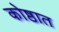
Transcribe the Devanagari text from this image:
कोष्ठात